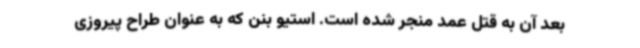
بعد آن به قتل عمد منجر شده است. استیو بنن که به عنوان طراح پیروزی